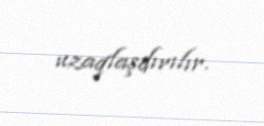
uzaqlaşdırılır.